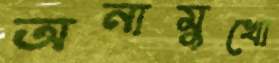
অনামুখো